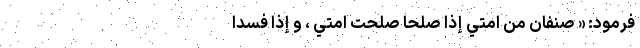
فرمود: « صِنفانِ مِن اُمَّتي إذا صَلُحا صَلُحَت اُمَّتي ، و إذا فَسَدا